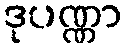
ဒုပဏ္ဏာ